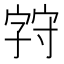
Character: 𪧚